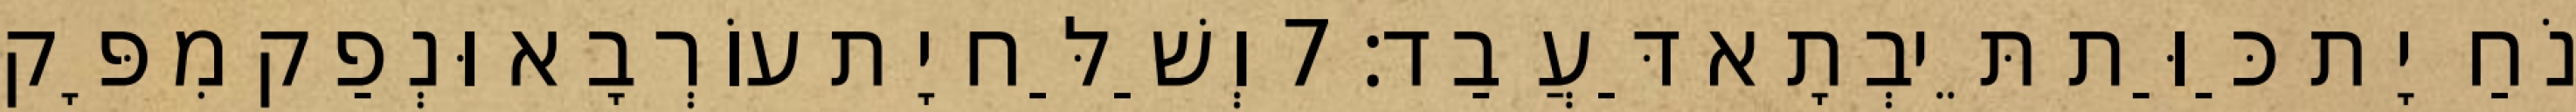
נֹחַ יָת כַּוַּת תֵּיבְתָא דַּעֲבַד׃ 7 וְשַׁלַּח יָת עוֹרְבָא וּנְפַק מִפָּק